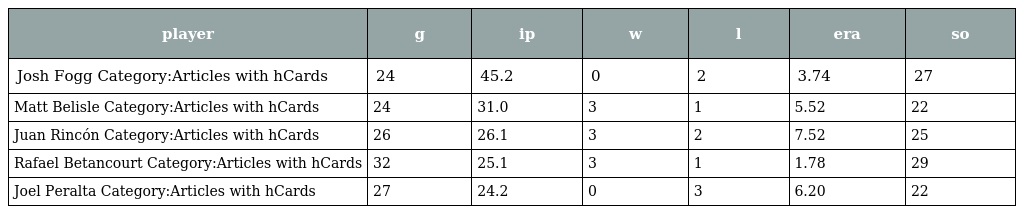
| player | g | ip | w | l | era | so |
 | --- | --- | --- | --- | --- | --- | --- |
 | Josh Fogg Category:Articles with hCards | 24 | 45.2 | 0 | 2 | 3.74 | 27 |
 | Matt Belisle Category:Articles with hCards | 24 | 31.0 | 3 | 1 | 5.52 | 22 |
 | Juan Rincón Category:Articles with hCards | 26 | 26.1 | 3 | 2 | 7.52 | 25 |
 | Rafael Betancourt Category:Articles with hCards | 32 | 25.1 | 3 | 1 | 1.78 | 29 |
 | Joel Peralta Category:Articles with hCards | 27 | 24.2 | 0 | 3 | 6.20 | 22 |